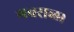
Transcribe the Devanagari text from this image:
गवराळा